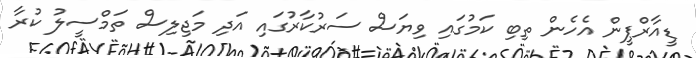
ޑީއާރްޕީން އެހެން ތިބި ކަމުގައި ވިޔަސް ސަރުކާރުގައި އަދި މަޖިލިސް ތަމްސީލު ކުރާ